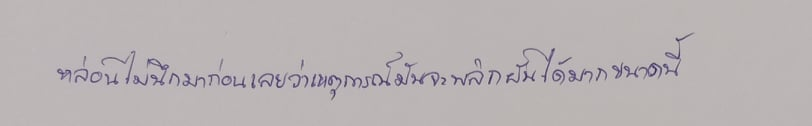
หล่อนไม่นึกมาก่อนเลยว่าเหตุการณ์มันจะพลิกผันได้มากขนาดนี้